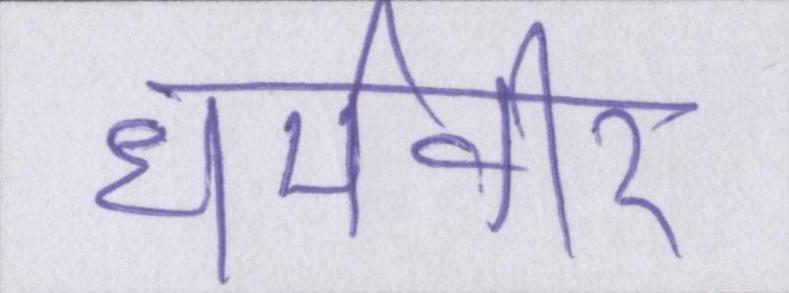
धर्मवीर